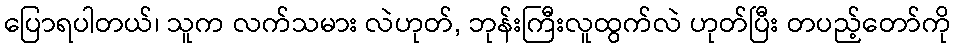
ပြောရပါတယ်၊ သူက လက်သမား လဲဟုတ်, ဘုန်းကြီးလူထွက်လဲ ဟုတ်ပြီး တပည့်တော်ကို